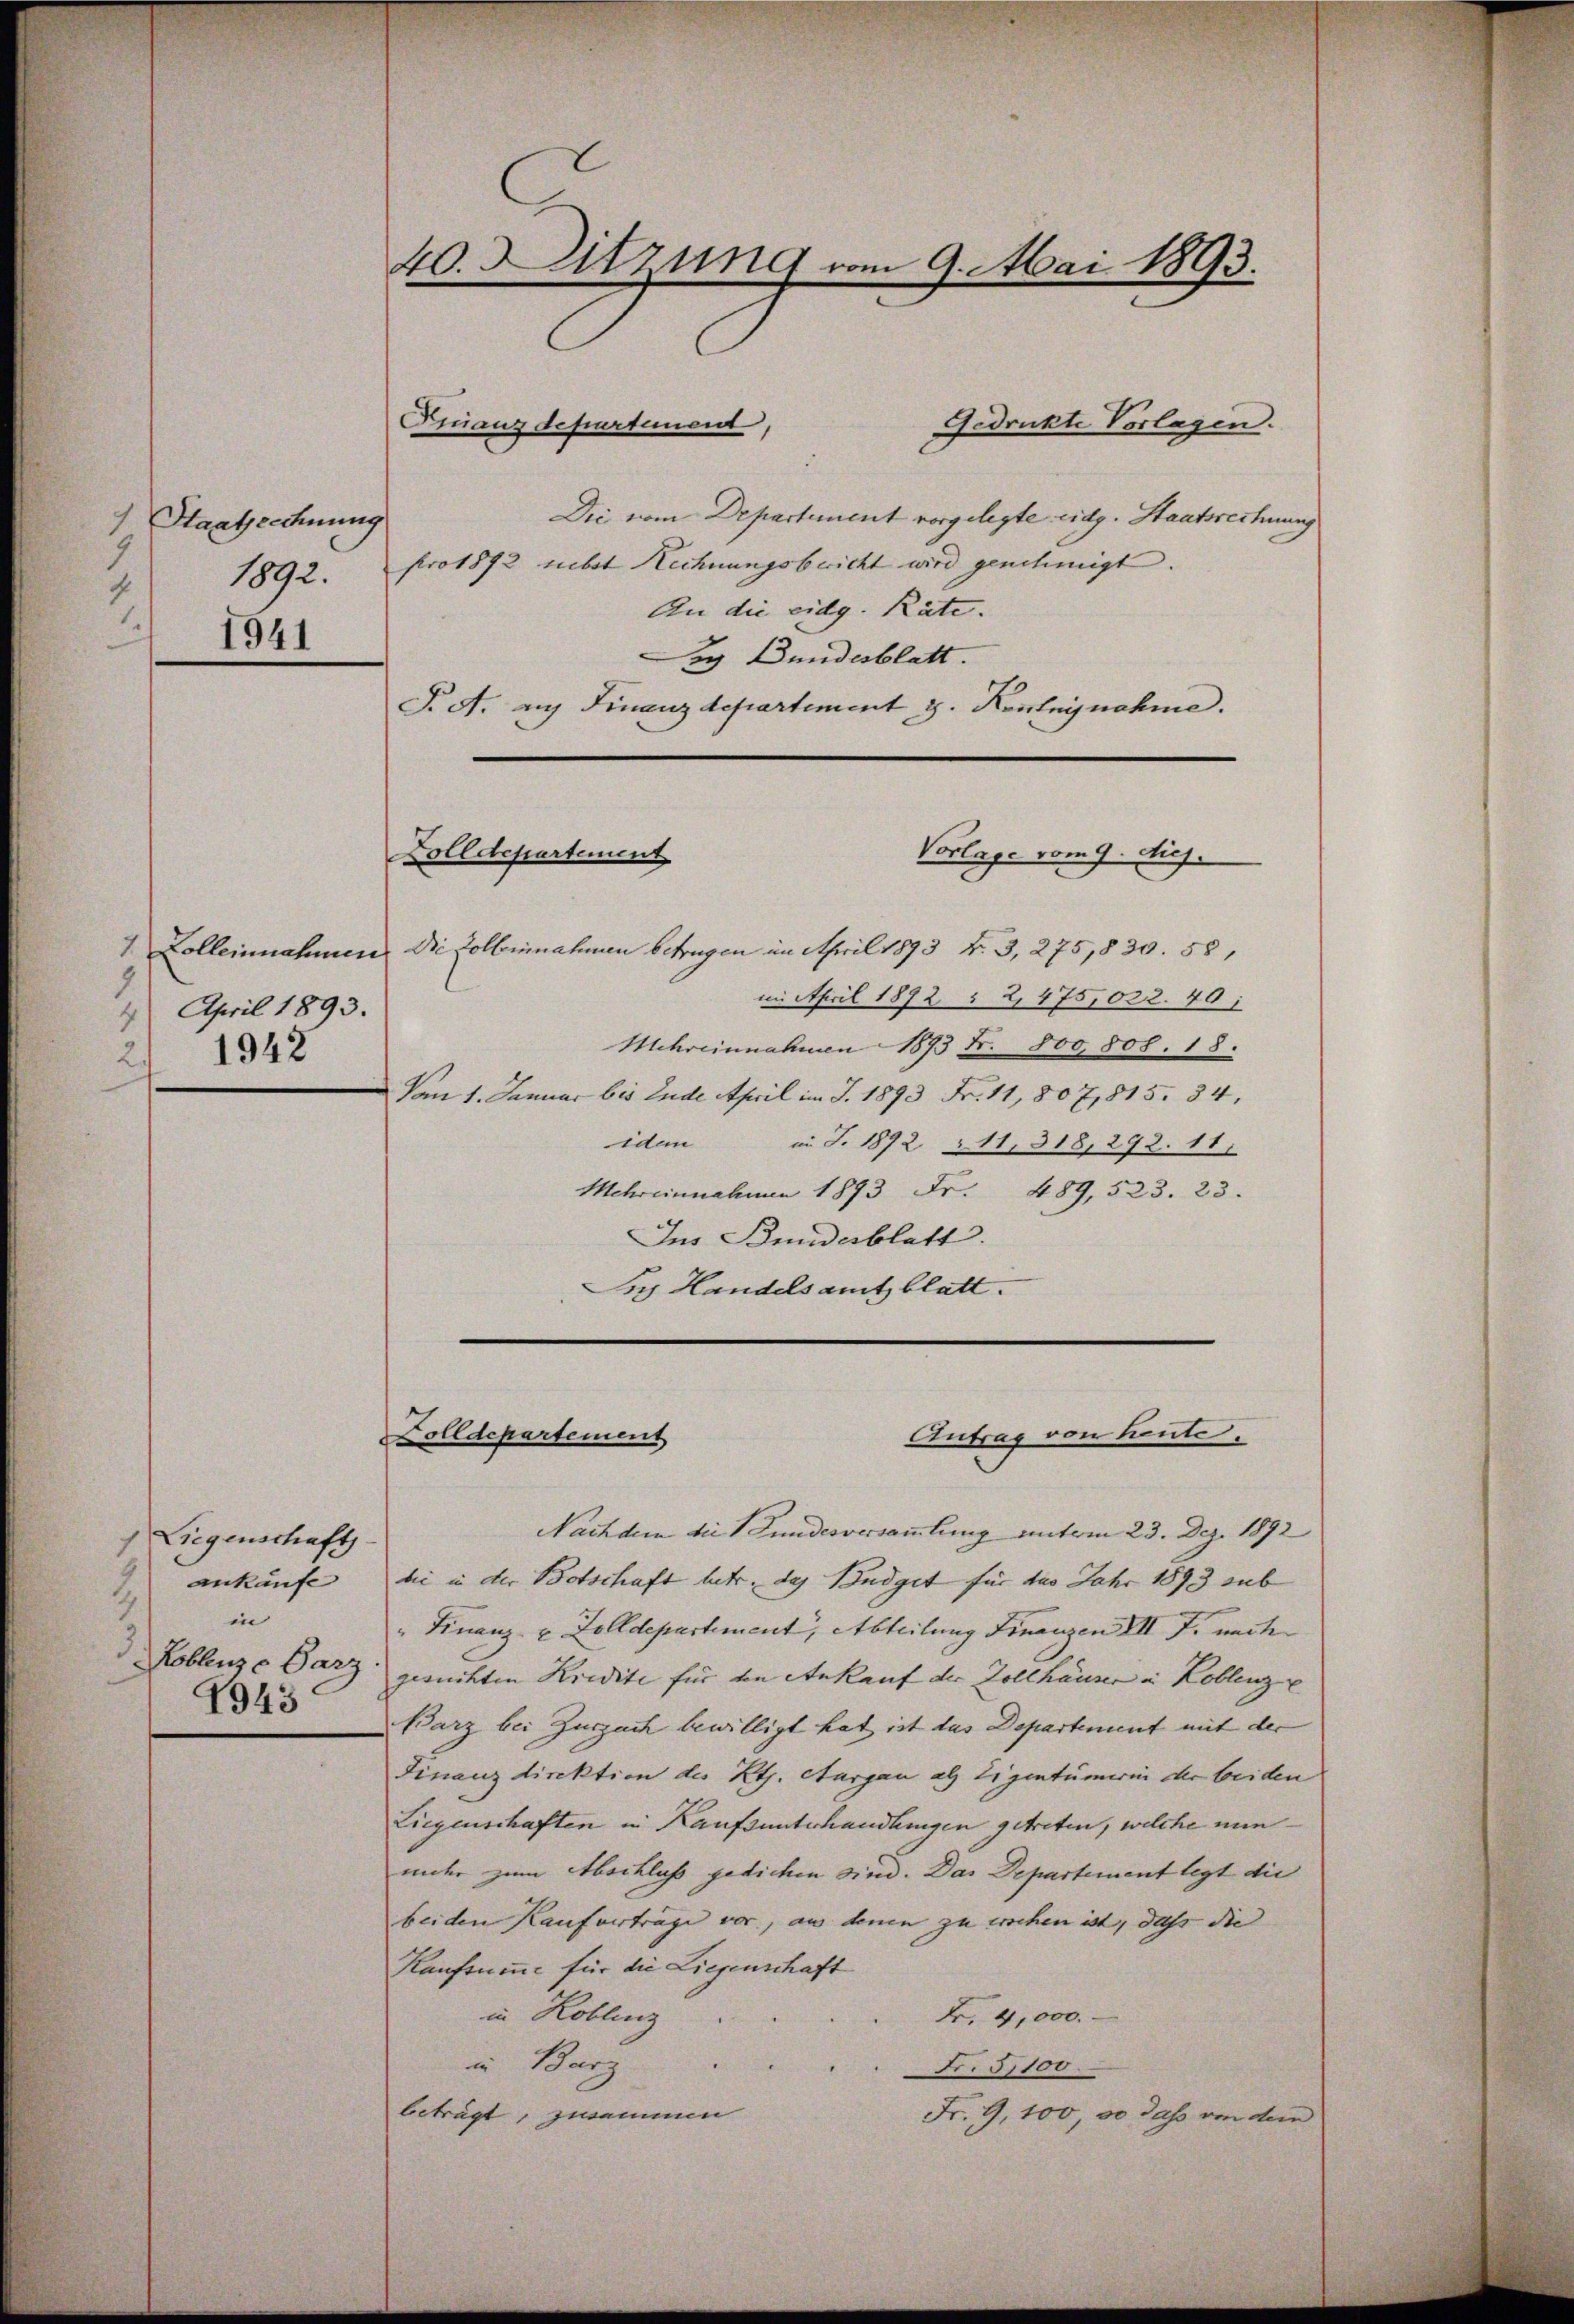
) Staatsrechnung
1
2 1892.
1941

2
April 1893.
4
1942
is

Liegenschaft
ankaufe
in
Koblenze Parz.
4945

40. Sitzung vom 9. Mai 1893.

Finanzdepartement,
Gedruckte Vorlagen.
Die vom Departement vorgelegte eidg. Staatsrechnung
pro 1872 nebst Rechnungsbericht wird genehmigt.
An die eidg. Räte.
Say Bundesblatt.
J. A. auf Finanzdepartement J. Kentnisnahme.
1 Zolleinnahmen. Die Colleinahmen betrugen im April 1893 f. 3, 275,839. 58,
im April 1892 § 2, 475,022. 40;
Mchreinnahmen 1873 Fr. 800, 808. 18.
Vom 1. Januar bis Ende April im J. 1893 Fr. 11, 807,815. 34,
idem in S. 1892 211318, 292. 11.
Mehreinnahmen 1893 Fr. 489, 523. 23.
Ins Bundesblatt.
Ses Handelsamt blatt.

Zolldepartement

Vorlage vom 9. diej

Antrag von heute.
Zolldepartement

Nachdem die Bundesversammlung unterm 23. Dez. 1892
bi in der Botschaft betr. das Budget für des Jahr 1893 sub
" Finanz- & Zolldepartement, Abteilung Finanzen III 7. nach
gesuchten Kredite für den Ankauf der Zollhäuser in Koblenz
Barz bei Zurzach bewilligt hat ist das Departement mit der
Finanzdirektion des Kts. Aargau als Eigentümerin der beiden
Liegenschaften in Kaufsunterhandlungen getreten, welche nuninder zum Abschluss gedichen sind. Das Departement legt die
beiden Kaufverträge vor, aus denen zu erschen ist, dass die
Kaufsumme für die Liegenschaft
in Koblenz
Fr. 4,000.
in Barz
Nr. 51100.
beträgt, zwaime
Fr. 9, 100, 30 dass von dem